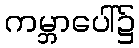
ကမ္ဘာပေါ်၌